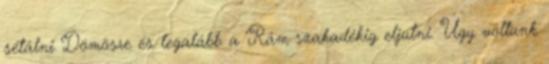
sétálni Dömösre és legalább a Rám-szakadékig eljutni. Úgy voltunk